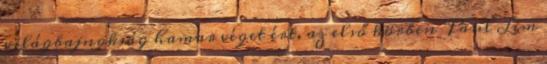
világbajnokság hamar véget ért, az első körben Paul Lim